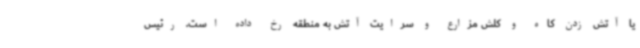
یا آتش زدن کاه و کلش مزارع و سرایت آتش به منطقه رخ داده است. رئیس